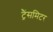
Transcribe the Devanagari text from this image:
ट्रैंसमिटर